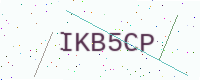
Text: IKB5CP